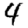
Digit: 4